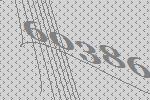
60386